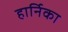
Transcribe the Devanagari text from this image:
हार्निका